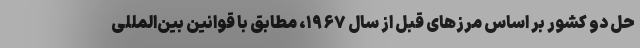
حل دو کشور بر اساس مرزهای قبل از سال ۱۹۶۷، مطابق با قوانین بین‌المللی